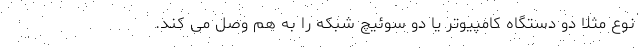
نوع مثلا دو دستگاه کامپیوتر یا دو سوئیچ شبکه را به هم وصل می کند.